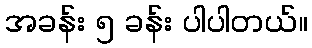
အခန်း ၅ ခန်း ပါပါတယ်။